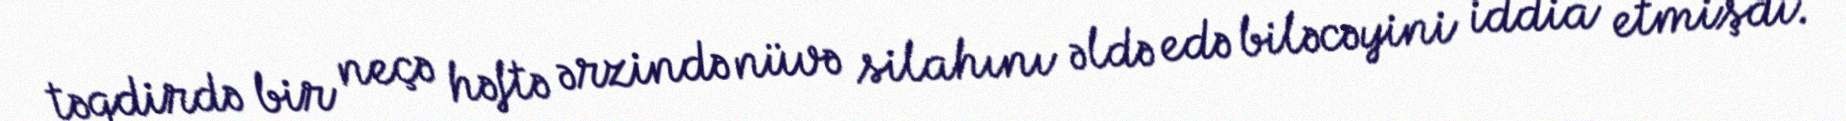
təqdirdə bir neçə həftə ərzində nüvə silahını əldə edə biləcəyini iddia etmişdi.